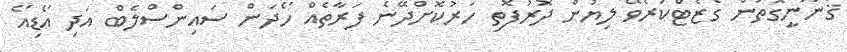
ޤާނޫނީގޮތުން ގެޒެޓްކުރެވޭ ލިޔުން ދޮރުފޮތި ހަރުކޮށްދޭނެ ފަރާތެއް ހޯދަން ސައިންސްލެބް އަދި އޯޑިއޯ